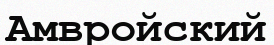
Амвройский